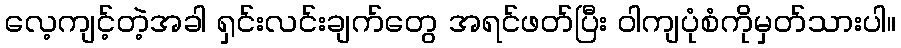
လေ့ကျင့်တဲ့အခါ ရှင်းလင်းချက်တွေ အရင်ဖတ်ပြီး ဝါကျပုံစံကိုမှတ်သားပါ။